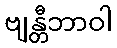
ဗျန္တီဘာဝါ